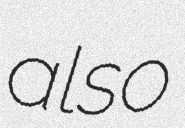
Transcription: also